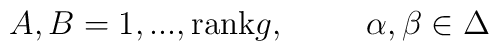
A,B=1,...,{\textrm{rank}}g,\hspace{.4in}\alpha,\beta\in\Delta